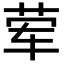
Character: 荤